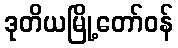
ဒုတိယမြို့တော်ဝန်